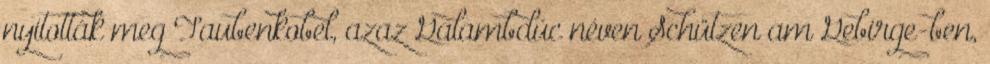
nyitották meg Taubenkobel, azaz Galambdúc néven Schützen am Gebirge-ben,